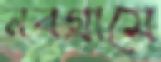
নবগ্রামে